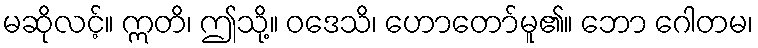
မဆိုလင့်။ ဣတိ၊ ဤသို့။ ဝဒေသိ၊ ဟောတော်မူ၏။ ဘော ဂေါတမ၊